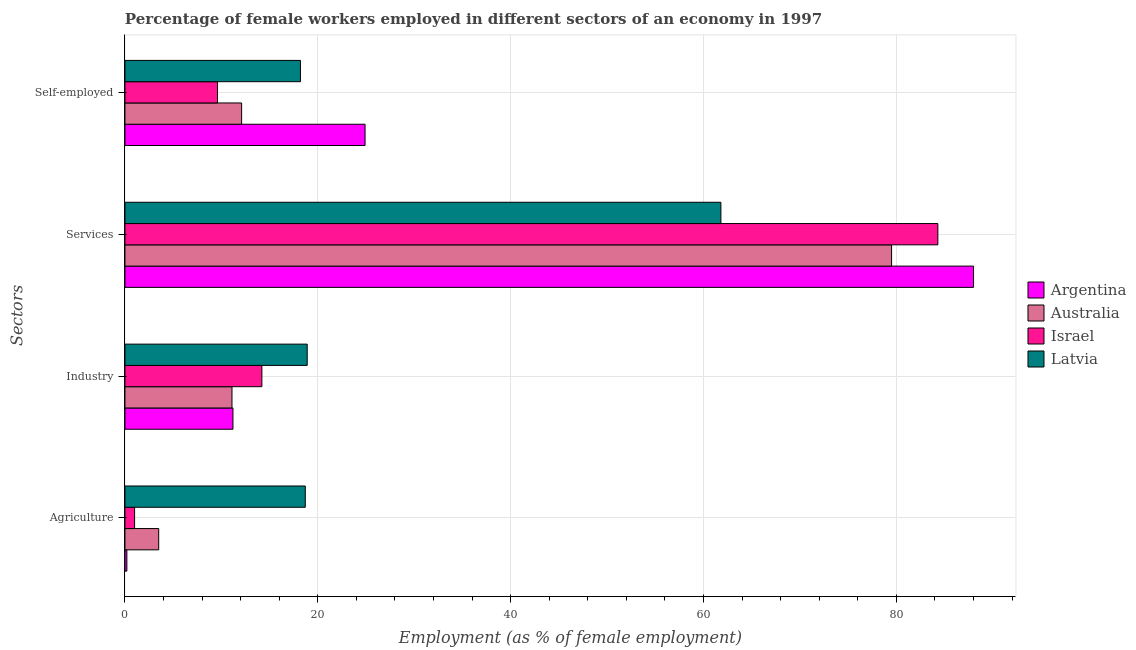
| Sectors | Argentina | Australia | Israel | Latvia |
 | --- | --- | --- | --- | --- |
 | Agriculture | 0.2 | 3.5 | 1 | 18.7 |
 | Industry | 11.2 | 11.1 | 14.2 | 18.9 |
 | Services | 88 | 79.5 | 84.3 | 61.8 |
 | Self-employed | 24.9 | 12.1 | 9.6 | 18.2 |